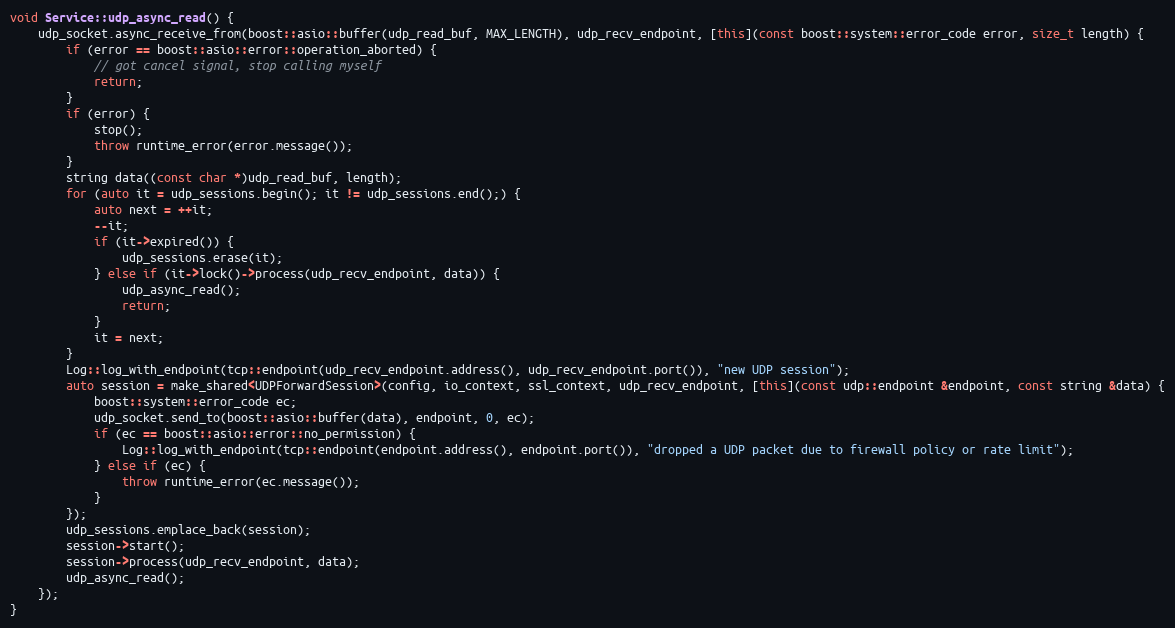
Language: C++
void Service::udp_async_read() {
    udp_socket.async_receive_from(boost::asio::buffer(udp_read_buf, MAX_LENGTH), udp_recv_endpoint, [this](const boost::system::error_code error, size_t length) {
        if (error == boost::asio::error::operation_aborted) {
            // got cancel signal, stop calling myself
            return;
        }
        if (error) {
            stop();
            throw runtime_error(error.message());
        }
        string data((const char *)udp_read_buf, length);
        for (auto it = udp_sessions.begin(); it != udp_sessions.end();) {
            auto next = ++it;
            --it;
            if (it->expired()) {
                udp_sessions.erase(it);
            } else if (it->lock()->process(udp_recv_endpoint, data)) {
                udp_async_read();
                return;
            }
            it = next;
        }
        Log::log_with_endpoint(tcp::endpoint(udp_recv_endpoint.address(), udp_recv_endpoint.port()), "new UDP session");
        auto session = make_shared<UDPForwardSession>(config, io_context, ssl_context, udp_recv_endpoint, [this](const udp::endpoint &endpoint, const string &data) {
            boost::system::error_code ec;
            udp_socket.send_to(boost::asio::buffer(data), endpoint, 0, ec);
            if (ec == boost::asio::error::no_permission) {
                Log::log_with_endpoint(tcp::endpoint(endpoint.address(), endpoint.port()), "dropped a UDP packet due to firewall policy or rate limit");
            } else if (ec) {
                throw runtime_error(ec.message());
            }
        });
        udp_sessions.emplace_back(session);
        session->start();
        session->process(udp_recv_endpoint, data);
        udp_async_read();
    });
}